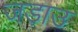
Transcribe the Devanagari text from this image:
जड़ाउ